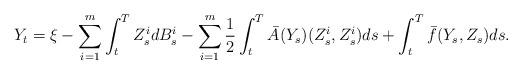
LaTeX: \begin{align*}Y_t=\xi-\sum_{i=1}^m \int_t^T Z_s^i dB_s^i-\sum_{i=1}^m\frac{1}{2}\int_t^T \bar A(Y_s)(Z_s^i,Z_s^i)ds+\int_t^T \bar f (Y_s,Z_s)ds.\end{align*}